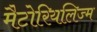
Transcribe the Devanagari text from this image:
मैटोरियलिज्म